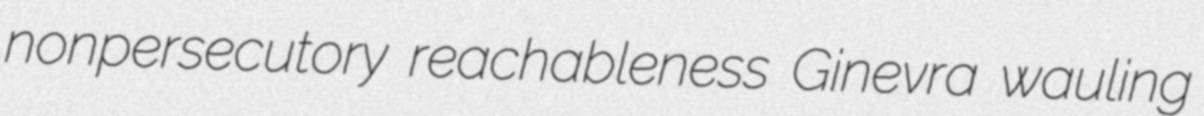
nonpersecutory reachableness Ginevra wauling